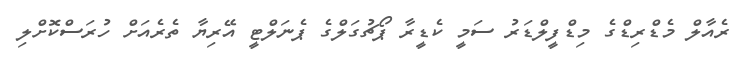
ރެއާލް މެޑްރިޑްގެ މިޑްފީލްޑަރު ސަމީ ކެޑީރާ ޕޯޗުގަލްގެ ޕެނަލްޓީ އޭރިޔާ ތެރެއަށް ހުރަސްކޮށްލި